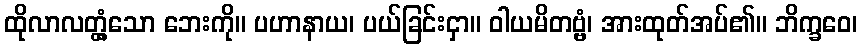
ထိုလာလတ္တံ့သော ဘေးကို။ ပဟာနာယ၊ ပယ်ခြင်းငှာ။ ဝါယမိတဗ္ဗံ၊ အားထုတ်အပ်၏။ ဘိက္ခဝေ၊